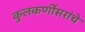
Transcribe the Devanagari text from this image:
कुलकर्णीसरांचे